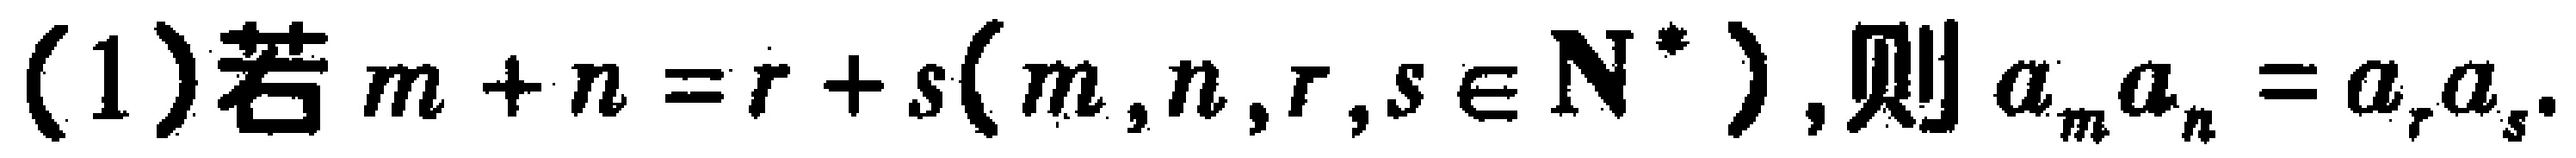
(1)若\(m + n = r + s(m,n,r,s\in \mathbf{N}^*)\)，则\(a_{m}a_{n}=a_{r}a_{s}\).